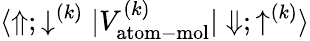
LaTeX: {\langle\Uparrow;\downarrow^{(k)}|V_{\mathrm{atom-mol}}^{(k)}|\Downarrow;\uparrow^{(k)}\rangle}